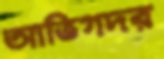
আভিগদর